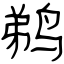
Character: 鹈